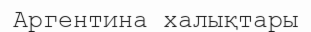
Аргентина халықтары